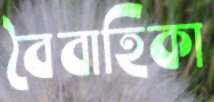
বৈবাহিকা